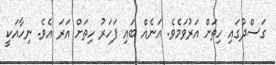
ގަސްދުގައި ހިތަށް އަރުވަމެވެ. އަނެއް ބައި ފަހަރު ހިތަށް އަރަ އެވެ. ނިހާއަކީ